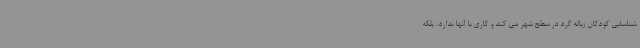
شناسایی کودکان زباله گرد در سطح شهر می کند و کاری با آنها ندارد، بلکه